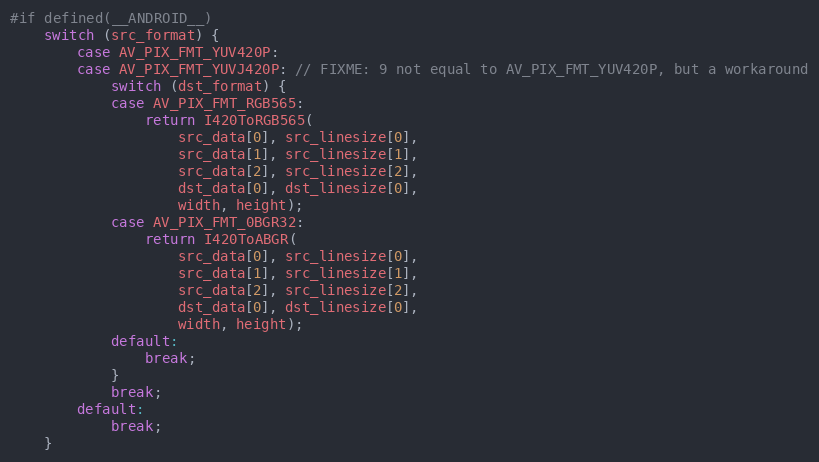
Language: C
#if defined(__ANDROID__)
    switch (src_format) {
        case AV_PIX_FMT_YUV420P:
        case AV_PIX_FMT_YUVJ420P: // FIXME: 9 not equal to AV_PIX_FMT_YUV420P, but a workaround
            switch (dst_format) {
            case AV_PIX_FMT_RGB565:
                return I420ToRGB565(
                    src_data[0], src_linesize[0],
                    src_data[1], src_linesize[1],
                    src_data[2], src_linesize[2],
                    dst_data[0], dst_linesize[0],
                    width, height);
            case AV_PIX_FMT_0BGR32:
                return I420ToABGR(
                    src_data[0], src_linesize[0],
                    src_data[1], src_linesize[1],
                    src_data[2], src_linesize[2],
                    dst_data[0], dst_linesize[0],
                    width, height);
            default:
                break;
            }
            break;
        default:
            break;
    }